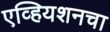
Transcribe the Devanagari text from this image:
एव्हियशनचा